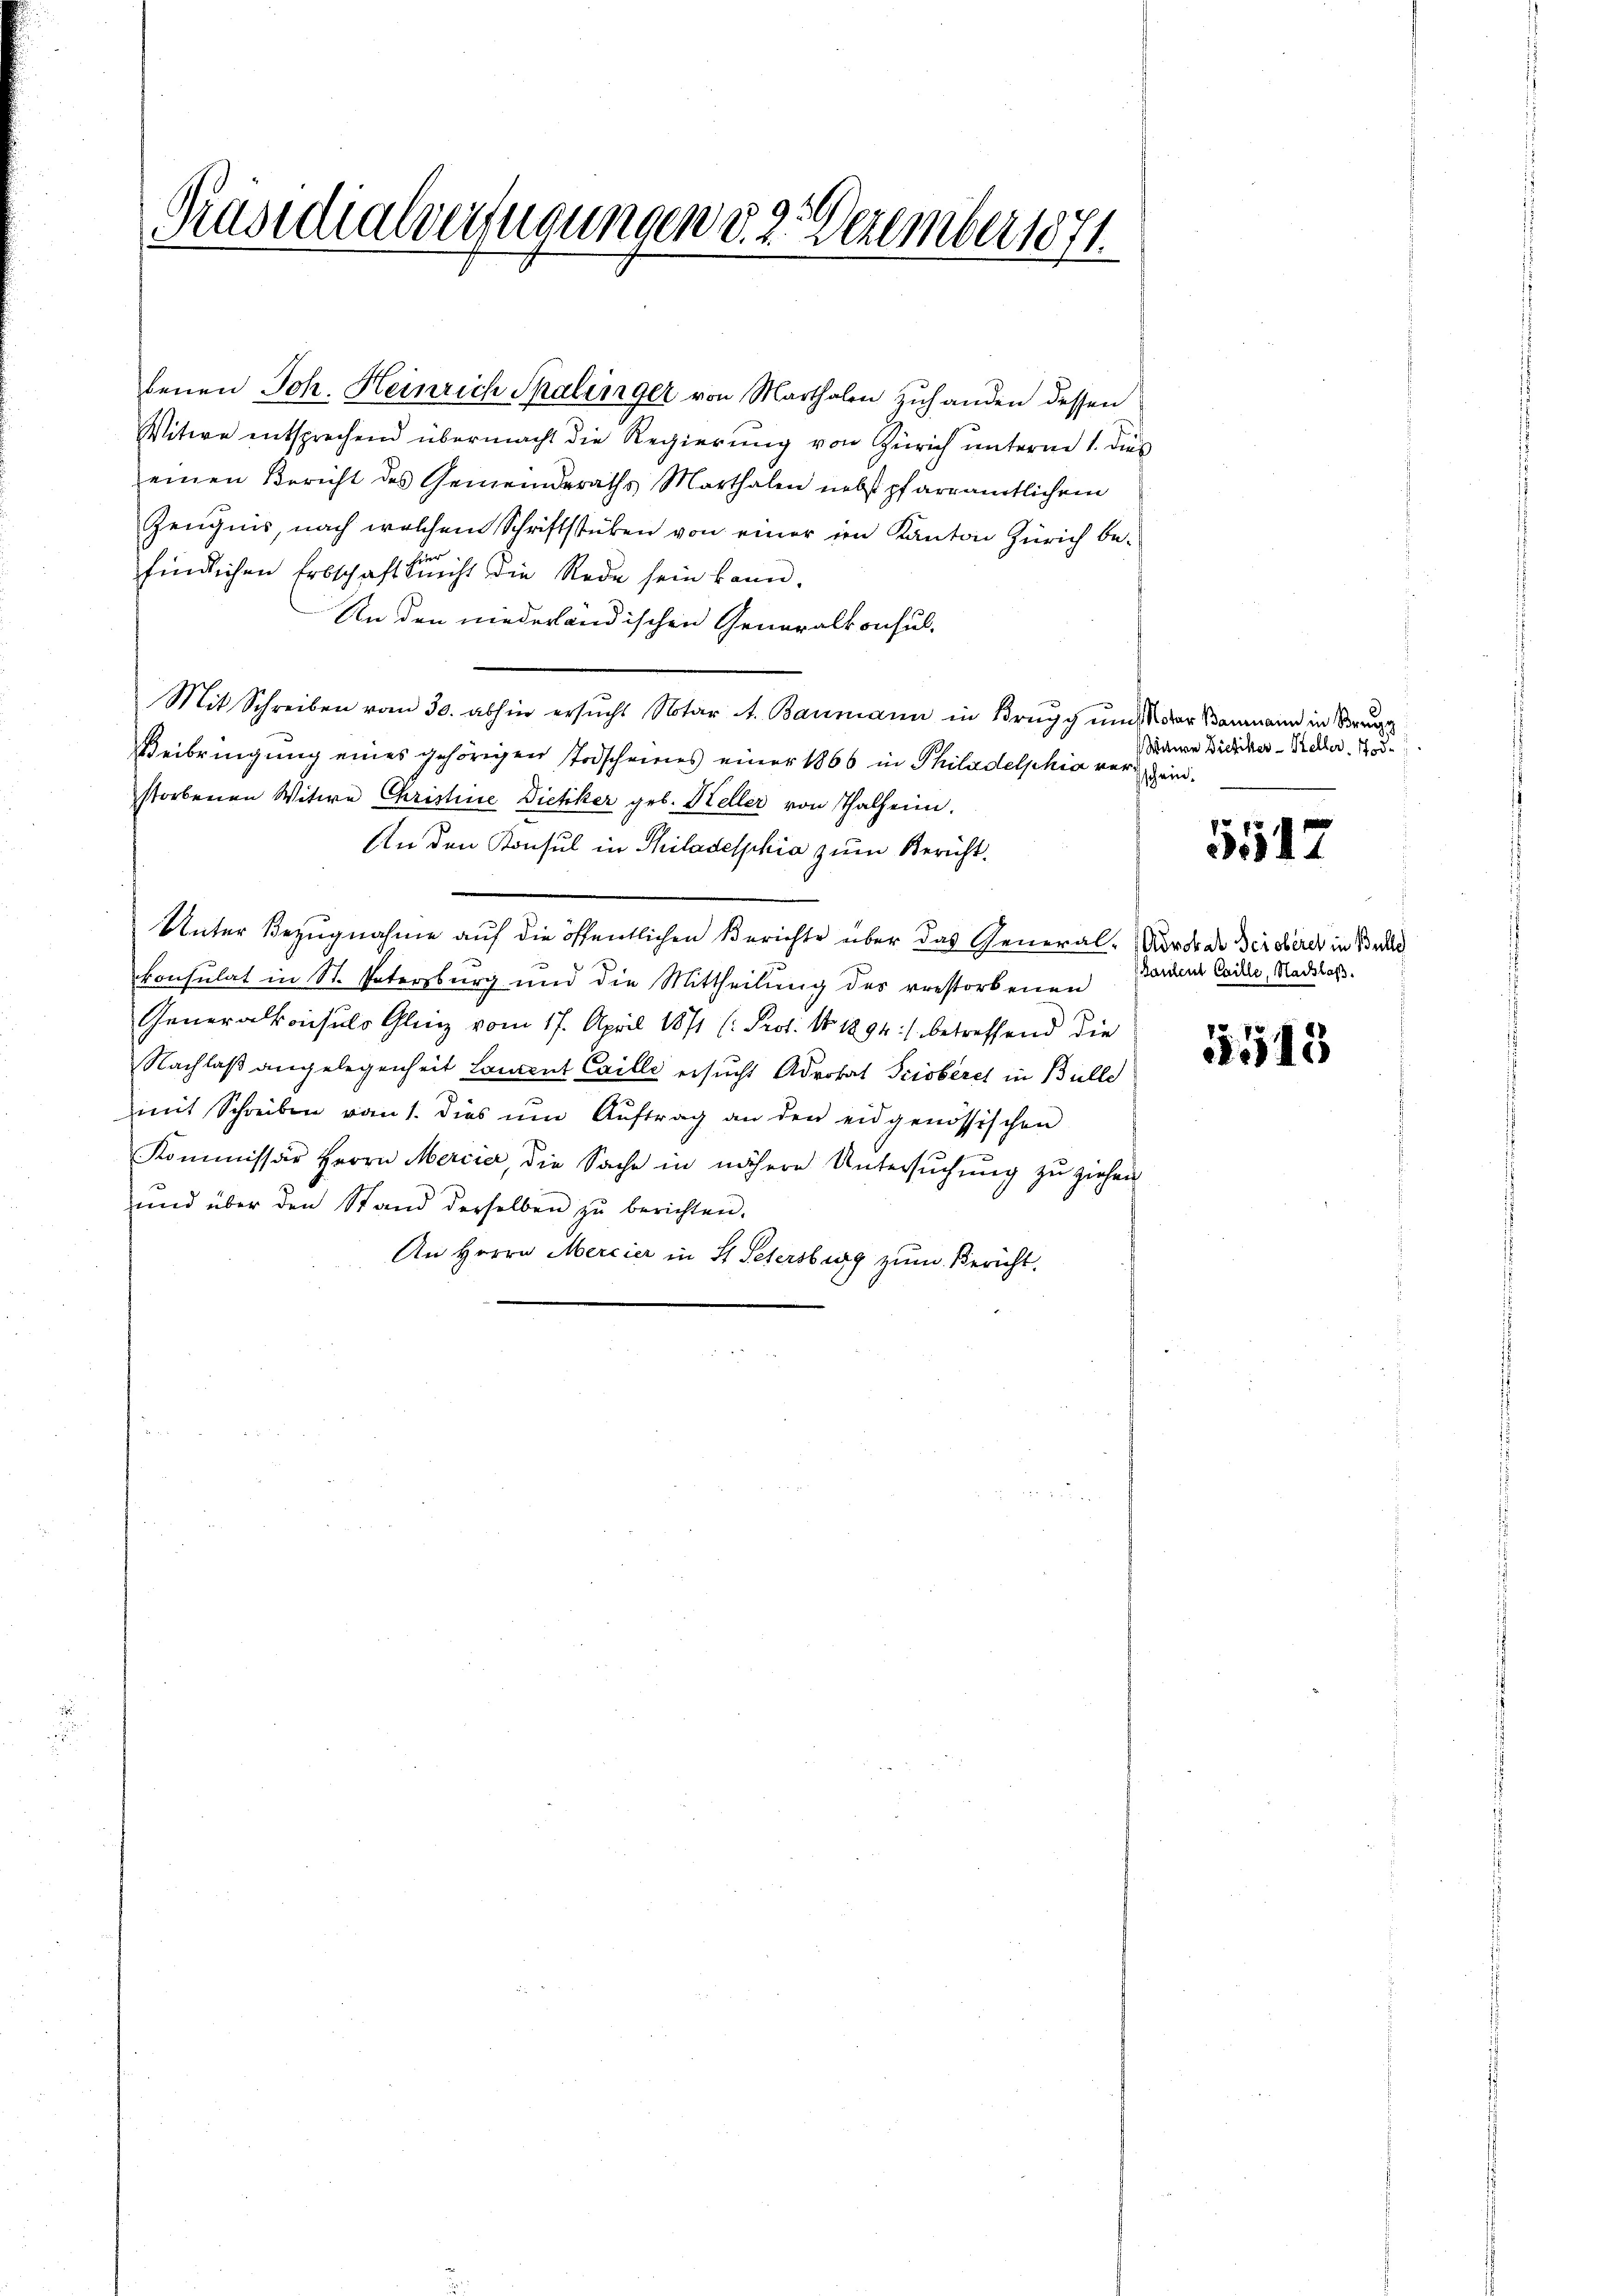
93
Präsidialverfügungen d. 2. Dezember 1871.

benen Joh. Heinrich Salinger von Marthalen zuhanden dessen
Witwe entsprechend übermacht die Regierung von Zürich unterm 1. dies
einen Bericht des Gemeinderaths Marthalen nebst pfarramtlichem
Zeugnis, nach welchem Schriftstücken von einer im Kanton Zürich befindlichen Erbschaft sicht wie Rede sein kann.
An den niederländischen Generalkonsul-
Mit Schreiben vom 30. abhin ersucht Notar A. Baumann in Brugg und Notar Baumann in Br
Beibringung eines gehörigen Todscheines einer 1866 in Philadelphia verein.
storbenen Witwe Christine Dietiker geb. Heller von Thalheim.
An den Konsul in Philadelphia zum Bericht.
Unter Bezugnahme auf die öffentlichen Berichte über das General-Rordo de derobirer in Bes
konsulat in St. Vatersburg und die Mittheilung des verstorbenen
Generalkonsuls Glinz vom 17. April 1871 (: Prof. No. 1894 :/ betreffend die
Nachlaß angelegenheit Lauent Caille ersucht Advokat Pciobérch in Bille
mit Schreiben vom 1. Dies ŭm Aŭftrag an den eidgenössischen
Kommissär Herrn Mercia, die Sache in nähere Untersŭchŭng zu ziehen
und über den Stand derselben zŭ berichten.
An Herrn Mercier in St. Petersburg zum Bericht.

Witwe Dietiker - Keller, 175.

5547

Baulent Caille, Nachlaß.

518